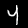
Label: 4